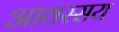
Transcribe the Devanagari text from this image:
आवस्सय